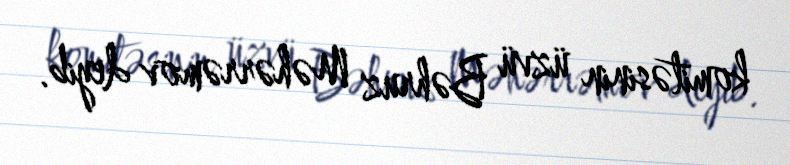
komitəsinin üzvü Bəhruz Məhərrəmov deyib.